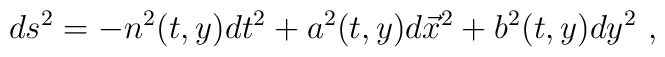
ds^2= -n^2(t,y)dt^2+a^2(t,y)d{\vec x}^2+b^2(t,y)dy^2 \ ,